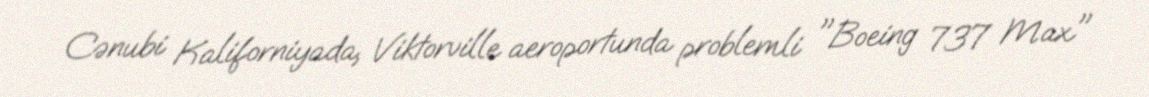
Cənubi Kaliforniyada, Viktorville aeroportunda problemli "Boeing 737 Max"